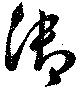
御